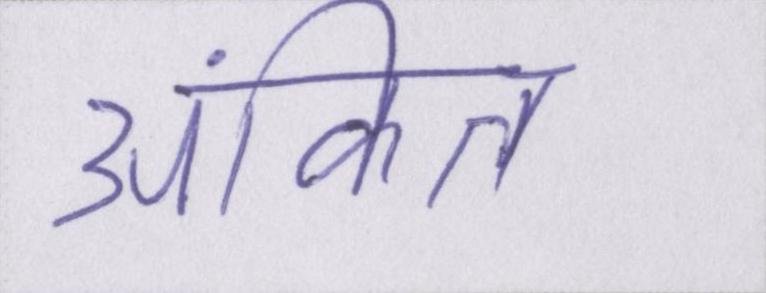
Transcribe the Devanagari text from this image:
अंकित